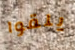
يلقوا